Vaccination in Bombay 1913-1923 - 1913-1923
Year: 1913
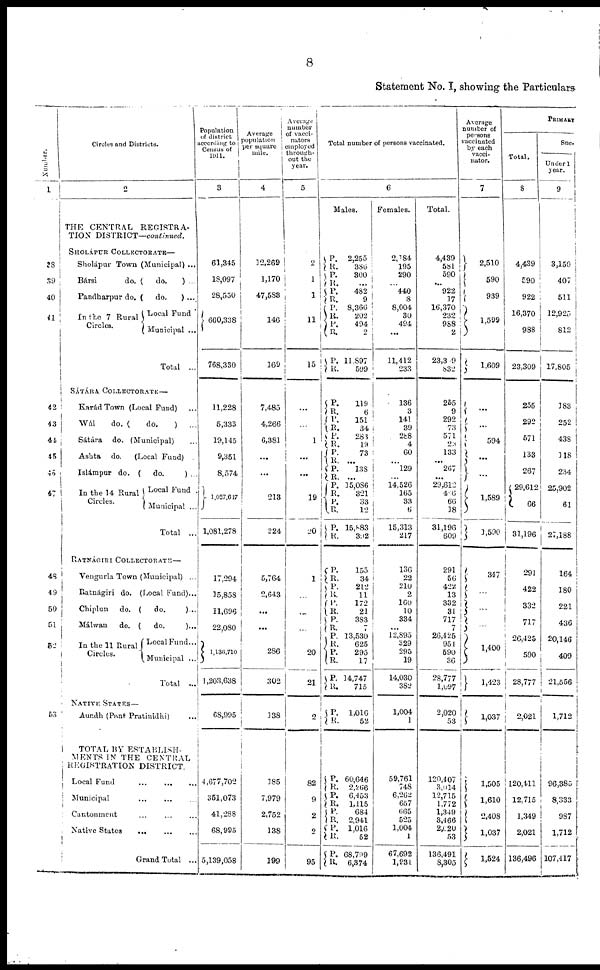
8
Statement No. I, showing the Particulars
Number.
1
38
39
40
41
42
43
44
45
46
47
48
49
50
51
52
53
Circles and Districts.
2
THE CENTRAL
REGISTRA-
TION DISTRICT—continued.
SHOLÁPUR COLLECTORATE—
Sholápur Town (Municipal) ...
Bársi
do. (
do.
) ...
Pandharpur do. (
do.
) ...
In the 7 Rural
Circles.
Local Fund
Municipal ...
Total ...
SÁTÁRA COLLECTORATE—
Karád Town (Local Fund) ...
Wái
do. (
do.
)
...
Sátára
do. (Municipal) ...
Ashta
do.
(Local Fund)
Islámpur do. (
do.
) ...
In the 14 Rural
Circles.
Local Fund .
Municipal ...
Total ...
RATNÁGIRI COLLECTORATE—
Vengurla Town (Municipal) ...
Ratnágiri do. (Local Fund)...
Chiplun
do. (
do.
)...
Málwan
do. (
do.
)...
In the 11 Rural
Circles.
Local Fund...
Municipal ...
Total
...
NATIVE STATES—
Aundh (Pant Pratinidhi) ...
TOTAL BY ESTABLISH-
MENTS IN THE CENTRAL
REGISTRATION DISTRICT.
Local Fund
...
...
...
Municipal ... ... ...
Cantonment ... ... ...
Native States
... ... ...
Grand Total ...
Population
of district
according to
Census of
1911.
3
61,345
18,097
28,550
660,338
768,330
11,228
5,333
19,145
9,351
8,574
1,027,647
1,081,278
17,294
15,858
11,696
22,080
l,136,710
1,203,638
68,995
4,677,702
351,073
41,288
68,995
5,139,058
Average
population
per square
mile.
4
12,269
1,170
47,588
146
169
7,485
4,266
6,381
...
...
213
224
5,764
2,643
...
...
286
302
138
185
7,979
2,752
138
199
Average
number
of vacci-
nators
employed
through-
out the
year.
5
2
1
1
11
15
...
...
1
...
...
19
20
1
...
...
...
20
21
2
82
9
2
2
95
Total number of persons vaccinated.
6
Males.
P.
R.
P.
R.
P.
R. P.
R.
P.
R.
P.
R.
P.
R.
P.
R.
P.
R.
P.
R.
P.
R.
P.
R.
P.
R.
P.
P.
P.
R.
P.
R.
P.
R.
P.
R.
P.
R.
P.
R.
P.
R.
P.
R.
P.
R.
P.
R.
P.
R.
P.
R.
P.
R.
2,255
386
300
...
482
9
8,366
202
494
2
11,897
599
119
6
151
34
283
19
73
...
138
...
15,086
321
33
12
15,883
392
155
34
212
11
172
21
383
...
13,530
625
295
17
14,747
715
1,016
52
60,646
2,266
6,453
1,115
684
2,941
1,016
52
68,799
6,374
Females.
2,184
195
290
...
440
8
8,004
30
494
...
11,412
233
136
3
141
39
288
4
60
...
129
... 14,526
165
33
6
15,313
217
136
22
210
2
160
10
334
...
12,895
329
295
19
14,030
382
1,004
1
59,761
748
6,262
657
665
525
1,004
1
67,692
1,931
Total.
4,439
581
590
... 922
17
16,370
232
988
2
23,309
832
255
9
292
73
571
23
133
...
267
...
29,612
436
66
18
31,196
609
291
56
422
13
332
31
717
7
26,425
951
590
36
28,777
l,097
2,020
53
120,407
3,014
12,715
1,772
1,349
3,466
2,020
53
136,491
8,305
Average
number of
persons
vaccinated
by each
vacci¬
nator.
7
2,510
590
939
1,599
1,609
...
...
594
...
...
1,589
1,590
347
...
...
...
1,400
l,423
1,037
1,505
1,610
2,408
1,037
1,524
PRIMARY
Total.
8
4,439
590
922
16,370
988
23,309
255
292
571
133
267
29,612
66
31,196
291
422
332
717
26,425
590
28,777
2,021
120,411
12,715
1,349
2,021
136,496
Suc¬
Under 1
year.
9
3,150
407
511
12,925
812
17,805
183
252
438
118
234
25,902
61
27,188
164
180
221
436
20,146
409
21,556
1,712
96,385
8,333
987
1,712
107,417